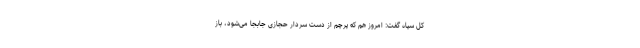
کل سپاه گفت: امروز هم که پرچم از دست سردار حجازی جابجا می‌شود، باز